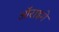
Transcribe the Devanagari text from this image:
ऑराइगे